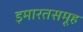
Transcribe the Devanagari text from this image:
इमारतसमूह